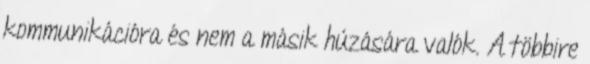
kommunikációra és nem a másik húzására valók. A többire